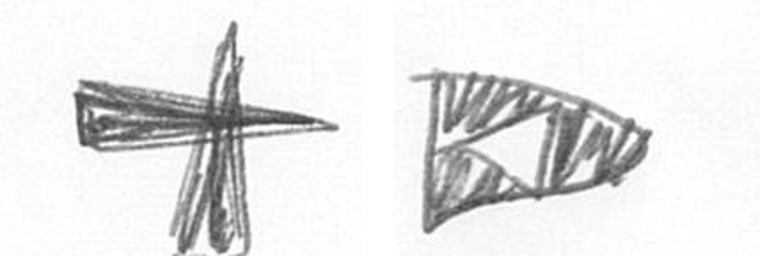
G K